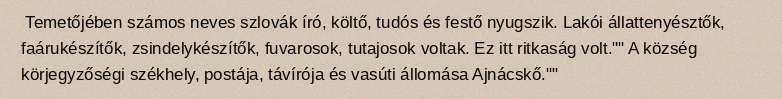
Temetőjében számos neves szlovák író, költő, tudós és festő nyugszik. Lakói állattenyésztők, faárukészítők, zsindelykészítők, fuvarosok, tutajosok voltak. Ez itt ritkaság volt."" A község körjegyzőségi székhely, postája, távírója és vasúti állomása Ajnácskő.""